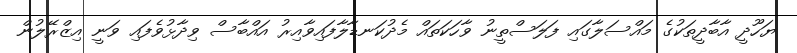
ޔަހޫދީ އާބާދީތަކުގެ މައްސަލާގައި ފަލަސްތީނު ވާހަކަތައް މެދުކަނޑާލާފައިވާއިރު އައްބާސް ވިދާޅުވެފައި ވަނީ އިޒްރޭލުން